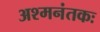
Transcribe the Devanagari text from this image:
अश्‍मनंतकः